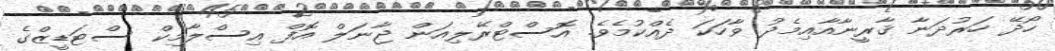
ހޯދޭ ހަރުދަނާ ޤާރީނާއާއިމެދު ވާހަކަ ދެއްކުމެވެ. އޮސްޓްރޭލިއަން ޖާނަލް އޮފް އިސްލާމިކް ސްޓަޑީޒްގެ